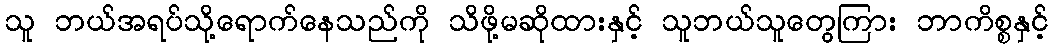
သူ ဘယ်အရပ်သို့ရောက်နေသည်ကို သိဖို့မဆိုထားနှင့် သူဘယ်သူတွေကြား ဘာကိစ္စနှင့်